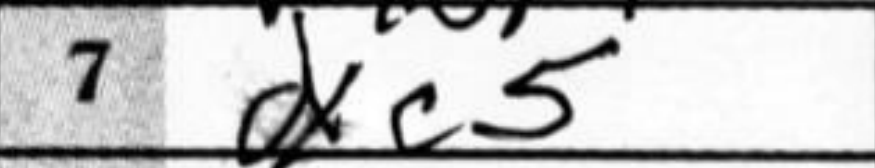
Transcription: dxc5